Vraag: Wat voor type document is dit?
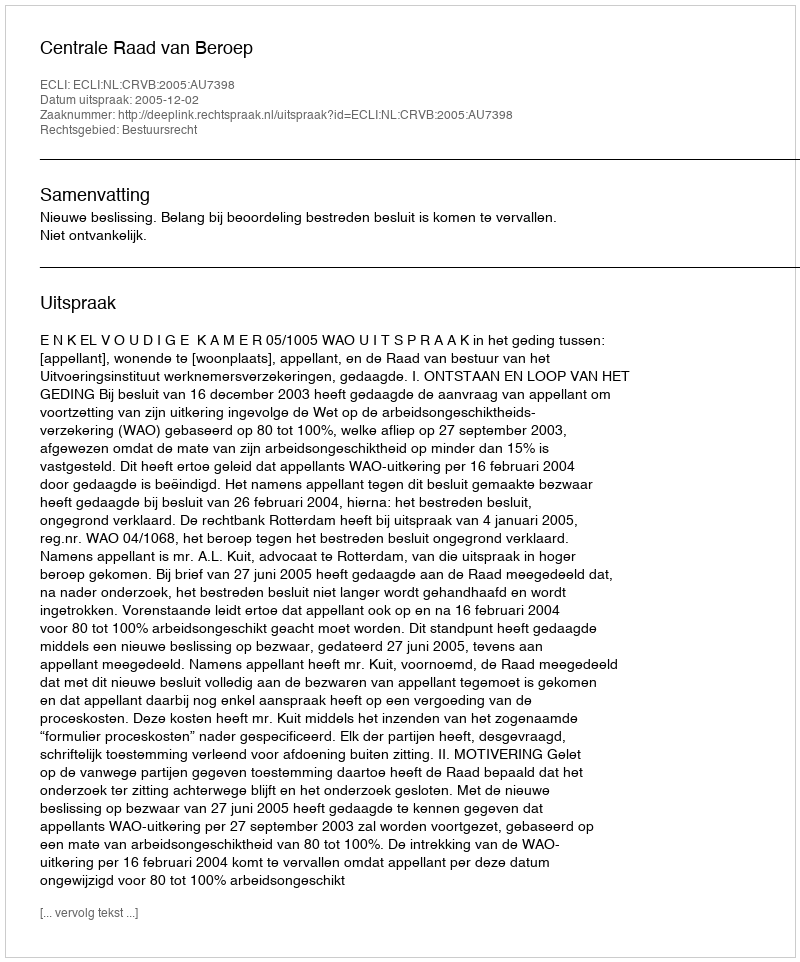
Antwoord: Uitspraak